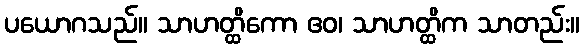
ပယောဂသည်။ သာဟတ္ထိကော ဧဝ၊ သာဟတ္ထိက သာတည်း။